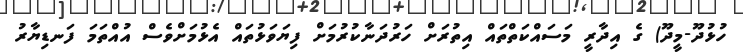
ހުޅުދޫ-މީދޫ) ގެ އިދާރީ މަސައްކަތްތައް އިތުރަށް ހަރުދަނާކުރުމަށް ފިޔަވަޅުތައް އެޅުމަށްވެސް އުއްތަމަ ފަނޑިޔާރު